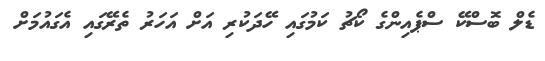
ޑެލް ބޮސްކޭ ސްޕެއިންގެ ކޯޗު ކަމުގައި ހޭދަކުރި އަށް އަހަރު ތެރޭގައި އެގައުމަށް